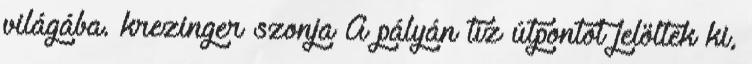
világába. krezinger szonja A pályán tíz útpontot jelöltek ki,